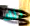
ذلك